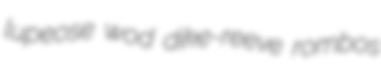
lupeose wod dike-reeve rombos